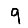
Digit: 9